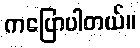
ကပြောပါတယ်။